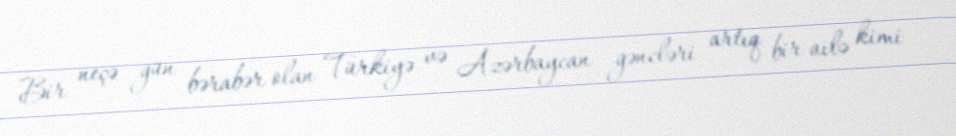
Bir neçə gün bərabər olan Türkiyə və Azərbaycan gəncləri artıq bir ailə kimi